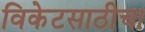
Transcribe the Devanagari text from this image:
विकेटसाठीचा